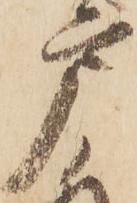
戸